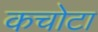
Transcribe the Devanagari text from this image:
कचोटा